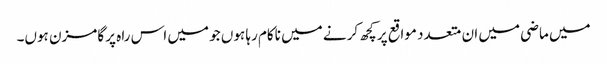
میں ماضی میں ان متعدد مواقع پر کچھ کرنے میں ناکام رہا ہوں جو میں اس راہ پر گامزن ہوں۔